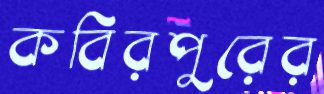
কবিরপুরের